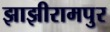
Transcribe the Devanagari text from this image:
झाझीरामपुर